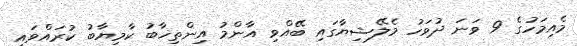
މެއިމަހުގެ 9 ވަނަ ދުވަހު މެލޭޝިޔާގައި ބޭއްވި އާންމު އިންތިޚާބު ކާމިޔާބު ކުރައްވައި